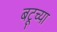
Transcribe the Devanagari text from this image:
बटूच्या